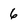
Character: 6